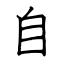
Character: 自